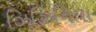
ઝિઝિનિયા